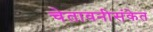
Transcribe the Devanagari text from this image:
चेतावनीसंकेत